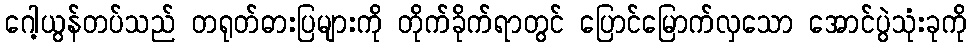
ဂေါ့ယွန်တပ်သည် တရုတ်ဓားပြများကို တိုက်ခိုက်ရာတွင် ပြောင်မြောက်လှသော အောင်ပွဲသုံးခုကို